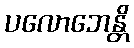
ပလောဘေန္တိ